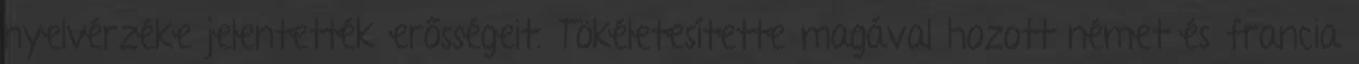
nyelvérzéke jelentették erősségeit. Tökéletesítette magával hozott német és francia